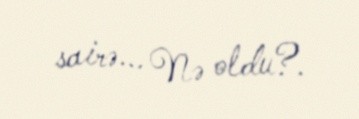
sairə... Nə oldu?.